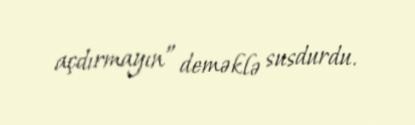
açdırmayın” deməklə susdurdu.